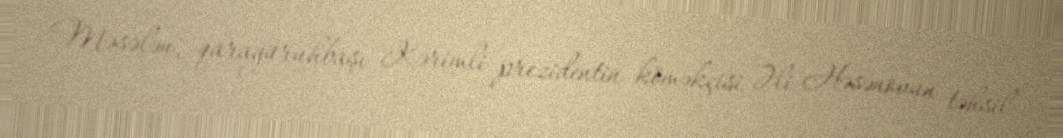
Məsələn, qaragüruhbaşı Kərimli prezidentin köməkçisi Əli Həsənovun təhsil